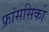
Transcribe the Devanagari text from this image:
फ्रांससिको